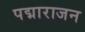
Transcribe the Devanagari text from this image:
पद्माराजन